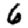
Digit: 6